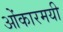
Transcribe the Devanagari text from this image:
ओंकारमयी